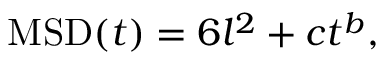
\mathrm { M S D } ( t ) = 6 l ^ { 2 } + c t ^ { b } ,